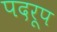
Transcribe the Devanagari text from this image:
पदरूप